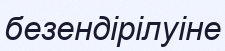
безендірілуіне